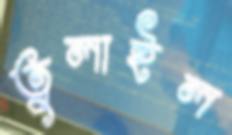
তুলাইল